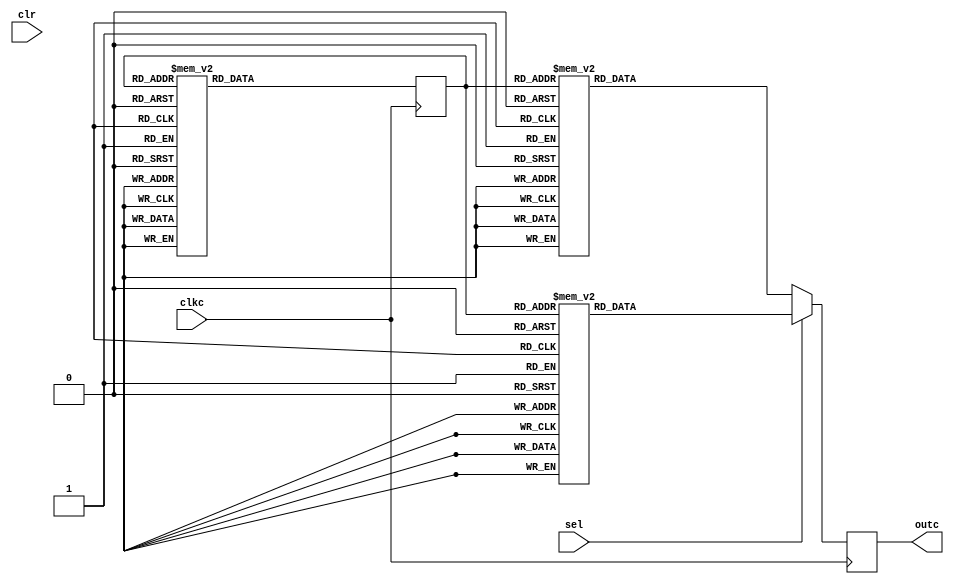
module chooser(clkc,sel,clr,outc);
	input clkc,sel,clr;
	output reg [7:0] outc;
	parameter S0 = 8'b11111100,S1 = 8'b01100000,S2 = 8'b11011010,S3 = 8'b11110010,
				 S4 = 8'b01100110,S5 = 8'b10110110,S6 = 8'b10111110,S7 = 8'b11100000,
				 S8 = 8'b11111110,S9 = 8'b11110110,S10 = 8'b10011110,S11 = 8'b00000000;
	reg [2:0] state;
	always @ (posedge clkc)begin
		case(state)
			4'd0: state <= 1;
			4'd1: state <= 2;
			4'd2: state <= 3;
			4'd3: state <= 4;
			4'd4: state <= 5;
			4'd5: state <= 6;
			4'd6: state <= 7;
			4'd7: state <= 0;
			default:state <= 0;
		endcase
	end
	always @ (posedge clkc)begin
		if(clr)begin
			outc = S11;
		end
		if(sel)begin
			case(state)
				4'd7: outc = S1;
				4'd6: outc = S6;
				4'd5: outc = S0;
				4'd4: outc = S7;
				4'd3: outc = S1;
				4'd2: outc = S0;
				4'd1: outc = S1;
				4'd0: outc = S7;
				default:outc = S11;
			endcase
		end
		else begin
			case(state)
				4'd7: outc = S1;
				4'd6: outc = S6;
				4'd5: outc = S0;
				4'd4: outc = S7;
				4'd3: outc = S1;
				4'd2: outc = S0;
				4'd1: outc = S0;
				4'd0: outc = S5;
				default:outc = S11;
			endcase
		end
	end
endmodule